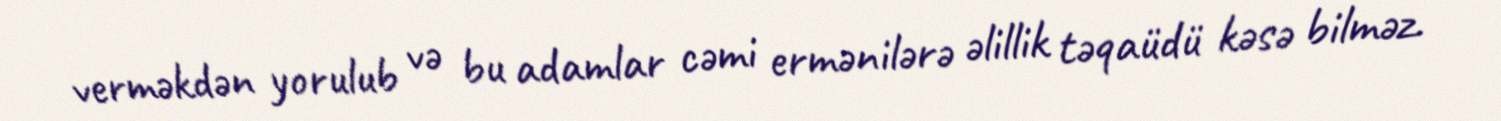
verməkdən yorulub və bu adamlar cəmi ermənilərə əlillik təqaüdü kəsə bilməz.